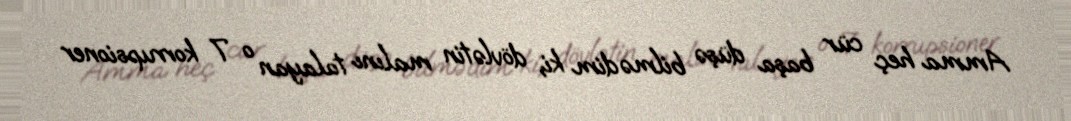
Amma heç cür başa düşə bilmədim ki, dövlətin malını talayan o 7 korrupsioner